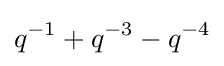
q^{-1}+q^{-3}-q^{-4}